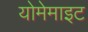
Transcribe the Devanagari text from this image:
योमेमाइट